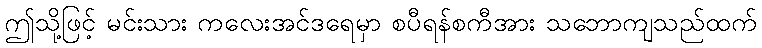
ဤသို့ဖြင့် မင်းသား ကလေးအင်ဒရေမှာ စပီရန်စကီအား သဘောကျသည်ထက်